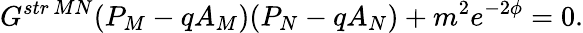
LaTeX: G^{str\, MN}(P_{M}-qA_{M})(P_{N}-qA_{N})+m^{2}e^{-2\phi}=0.